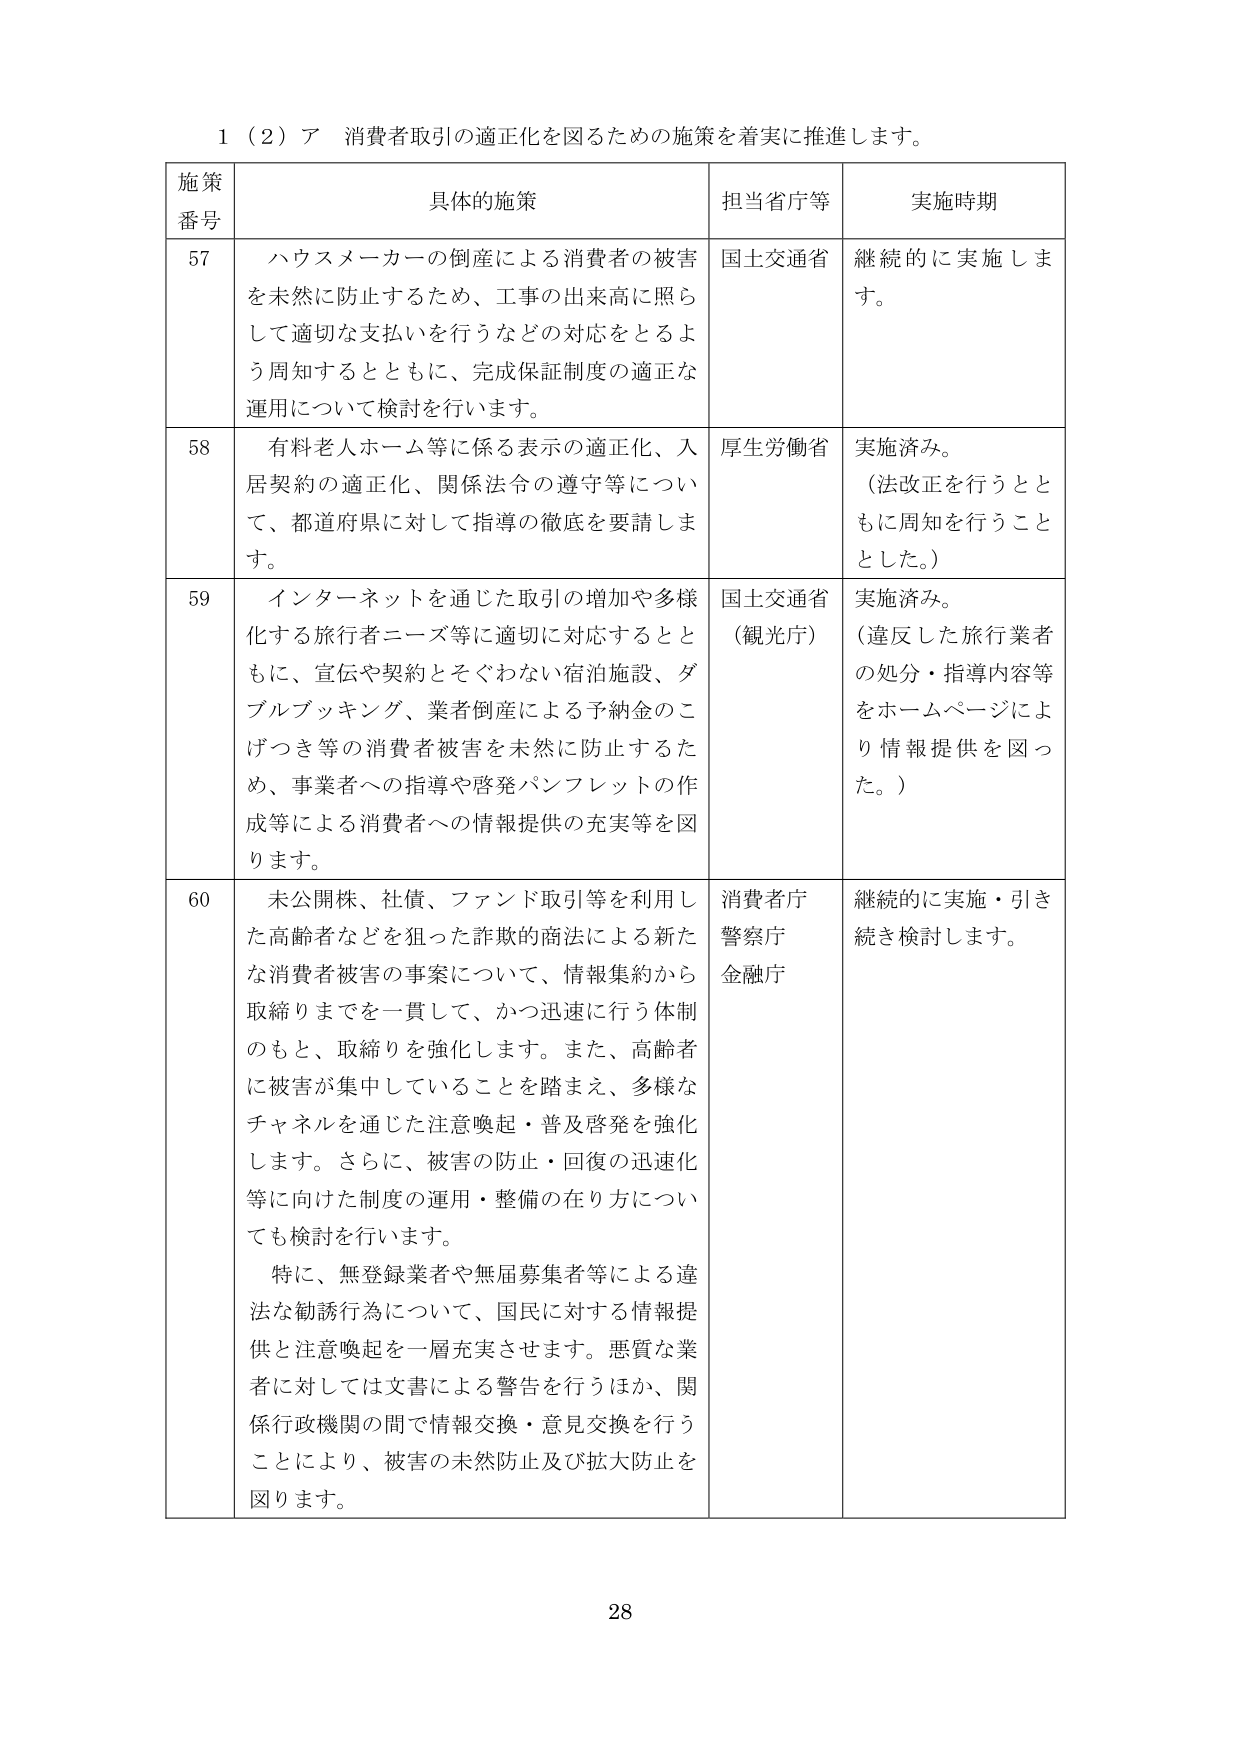
1（2）ア 消費者取引の適正化を図るための施策を着実に推進します。

施策番号 具体的施策 担当省庁等 実施時期

57 ハウスメーカーの倒産による消費者の被害を未然に防止するため、工事の出来高に照らして適切な支払いを行うなどの対応をとるよう周知するとともに、完成保証制度の適正な運用について検討を行います。 国土交通省 継続的に実施します。

58 有料老人ホーム等に係る表示の適正化、入居契約の適正化、関係法令の遵守等について、都道府県に対して指導の徹底を要請します。 厚生労働省 実施済み。（法改正を行うとともに周知を行うこととした。）

59 インターネットを通じた取引の増加や多様化する旅行者ニーズ等に適切に対応するとともに、宣伝や契約とそぐわない宿泊施設、ダブルブッキング、業者倒産による予納金のこぼつき等の消費者被害を未然に防止するため、事業者への指導や啓発パンフレットの作成等による消費者への情報提供の充実等を図ります。 国土交通省（観光庁） 実施済み。（違反した旅行業者の処分・指導内容等をホームページにより情報提供を図った。）

60 未公開株、社債、ファンド取引等を利用した高齢者などを狙った詐欺的商法による新たな消費者被害の事案について、情報集約から取締りまでを一貫して、かつ迅速に行う体制のもと、取締りを強化します。また、高齢者に被害が集中していることを踏まえ、多様なチャネルを通じた注意喚起・普及啓発を強化します。さらに、被害の防止・回復の迅速化等に向けた制度の運用・整備の在り方についても検討を行います。 特に、無登録業者や無届募集者等による違法な勧誘行為について、国民に対する情報提供と注意喚起を一層充実させます。悪質な業者に対しては文書による警告を行うほか、関係行政機関の間で情報交換・意見交換を行うことにより、被害の未然防止及び拡大防止を図ります。 消費者庁 警察庁 金融庁 継続的に実施・引き続き検討します。

28